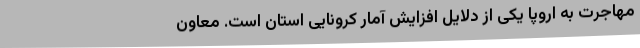
مهاجرت به اروپا یکی از دلایل افزایش آمار کرونایی استان است. معاون